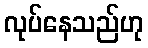
လုပ်နေသည်ဟု